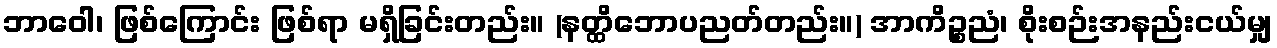
ဘာဝေါ၊ ဖြစ်ကြောင်း ဖြစ်ရာ မရှိခြင်းတည်း။ (နတ္ထိဘောပညတ်တည်း။) အာကိဉ္စညံ၊ စိုးစဉ်းအနည်းငယ်မျှ